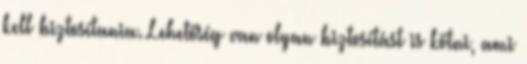
kell biztosítania. Lehetőség van olyan biztosítást is kötni, ami